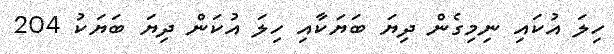
ހިލަ އުކައި ނިމިގެން ދިޔަ ބަޔަކާއި ހިލަ އުކަން ދިޔަ ބަޔަކު 204